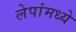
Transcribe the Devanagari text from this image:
लेपांमध्ये